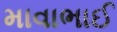
માવાભાઈ